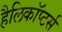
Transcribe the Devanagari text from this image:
हैलिकॉप्टर्स